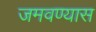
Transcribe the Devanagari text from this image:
जमवण्यास